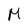
Character: M